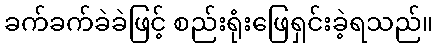
ခက်ခက်ခဲခဲဖြင့် စည်းရုံးဖြေရှင်းခဲ့ရသည်။